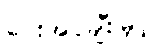
ပေးအပ်ချီးမြှင့်